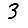
Digit: 3